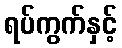
ရပ်ကွက်နှင့်